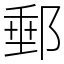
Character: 郵